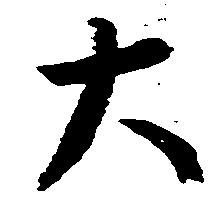
大